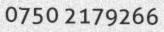
0750 2179266